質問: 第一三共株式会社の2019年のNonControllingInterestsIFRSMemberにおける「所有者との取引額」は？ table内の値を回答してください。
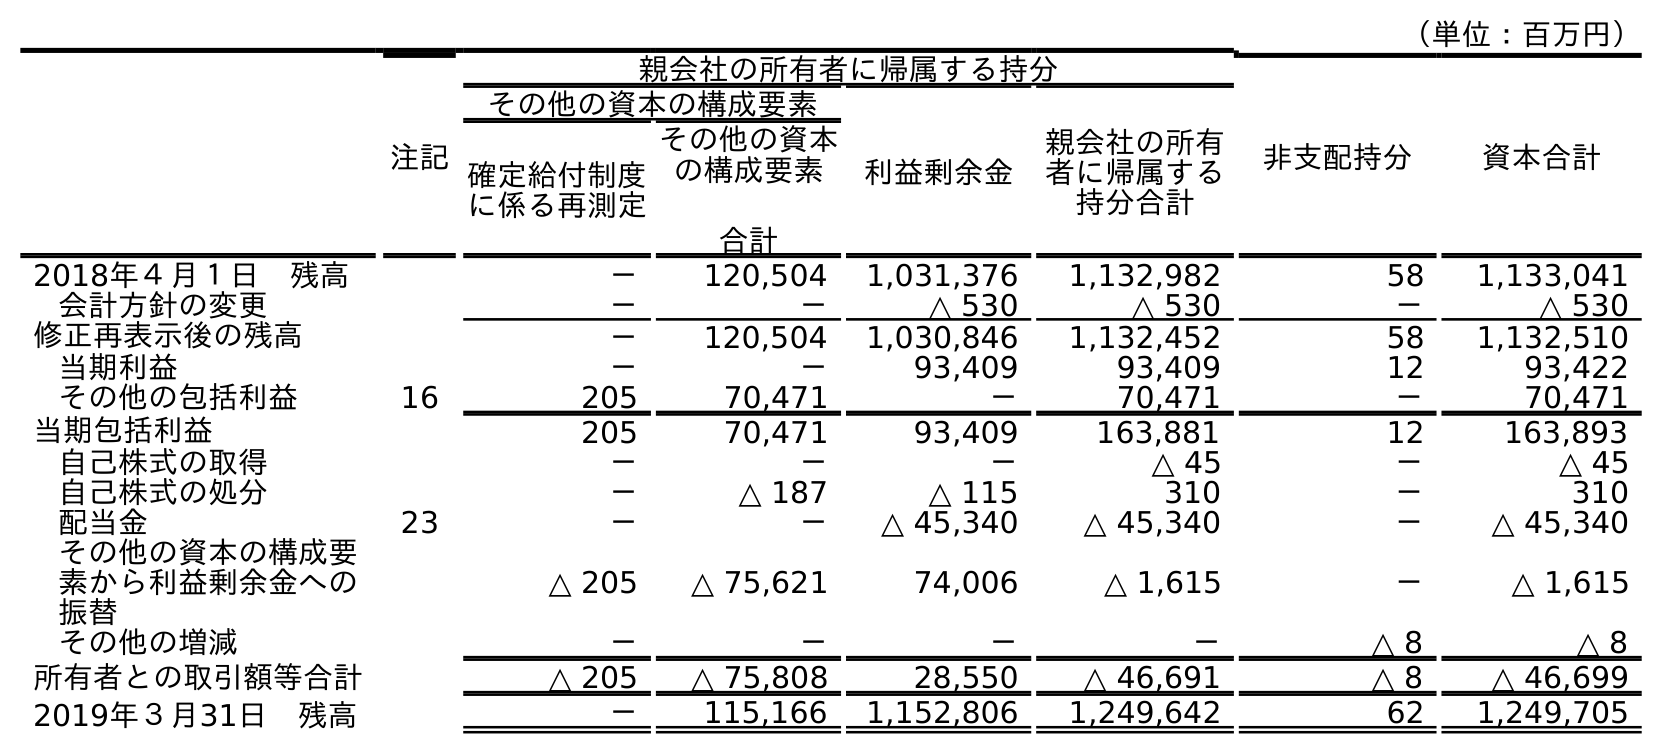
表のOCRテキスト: （単位：百万円） 注記 親会社の所有者に帰属する持分 非支配持分 資本合計 その他の資本の構成要素 利益剰余金 親会社の所有 者に帰属する 持分合計 確定給付制度 に係る再測定 その他の資本 の構成要素 合計 2018年４月１日 残高 － 120,504 1,031,376 1,132,982 58 1,133,041 会計方針の変更 － － △ 530 △ 530 － △ 530 修正再表示後の残高 － 120,504 1,030,846 1,132,452 58 1,132,510 当期利益 － － 93,409 93,409 12 93,422 その他の包括利益 16 205 70,471 － 70,471 － 70,471 当期包括利益 205 70,471 93,409 163,881 12 163,893 自己株式の取得 － － － △ 45 － △ 45 自己株式の処分 － △ 187 △ 115 310 － 310 配当金 23 － － △ 45,340 △ 45,340 － △ 45,340 その他の資本の構成要 素から利益剰余金への 振替 △ 205 △ 75,621 74,006 △ 1,615 － △ 1,615 その他の増減 － － － － △ 8 △ 8 所有者との取引額等合計 △ 205 △ 75,808 28,550 △ 46,691 △ 8 △ 46,699 2019年３月31日 残高 － 115,166 1,152,806 1,249,642 62 1,249,705
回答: △8